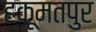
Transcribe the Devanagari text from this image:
हकूमतपुर